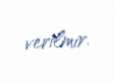
verilmir.